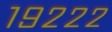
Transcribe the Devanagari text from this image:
१९२२२